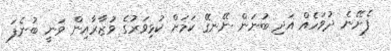
ފެށޭނެ ދުވަހެއް އަދި ބުނަން ނޭނގޭ ކަމަށް ކުޅިވަރުގެ ވުޒާރާއިން ވަނީ ބުނެފަ